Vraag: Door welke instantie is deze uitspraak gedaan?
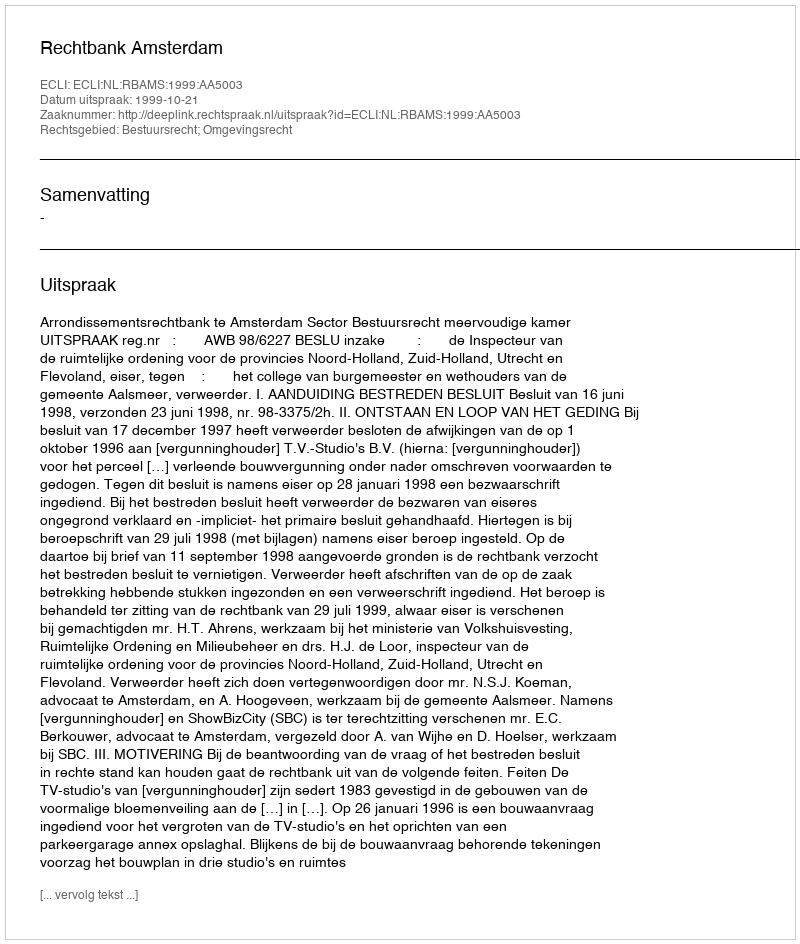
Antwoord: Rechtbank Amsterdam